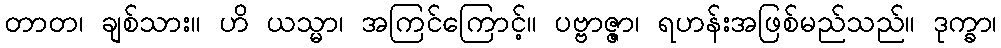
တာတ၊ ချစ်သား။ ဟိ ယသ္မာ၊ အကြင်ကြောင့်။ ပဗ္ဗာဇ္ဇာ၊ ရဟန်းအဖြစ်မည်သည်။ ဒုက္ခာ၊